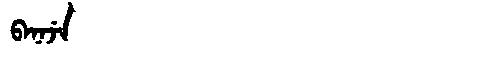
Manchu: ᠪᠠᠨᠠᠵᡝ
Romanization: BANAJE